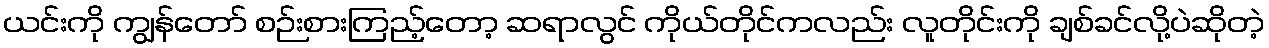
ယင်းကို ကျွန်တော် စဉ်းစားကြည့်တော့ ဆရာလွင် ကိုယ်တိုင်ကလည်း လူတိုင်းကို ချစ်ခင်လို့ပဲဆိုတဲ့